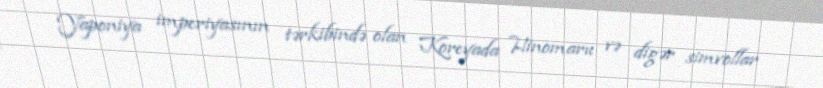
Yaponiya imperiyasının tərkibində olan Koreyada Hinomaru və digər simvollar